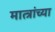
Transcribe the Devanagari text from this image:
मात्त्रांच्या